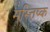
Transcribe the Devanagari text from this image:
मस्त्तिष्क